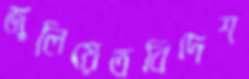
জুলিয়েতবিদেশ